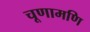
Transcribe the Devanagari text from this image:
चूणामणि